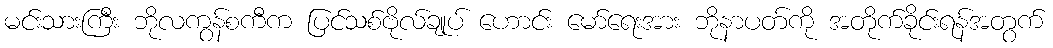
မင်းသားကြီး ဘိုလကွန်စကီက ပြင်သစ်ဗိုလ်ချုပ် ဟောင်း မော်ရေးအား ဘိုနာပတ်ကို အတိုက်ခိုင်းရန်အတွက်